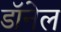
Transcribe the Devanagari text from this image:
डॉनेल